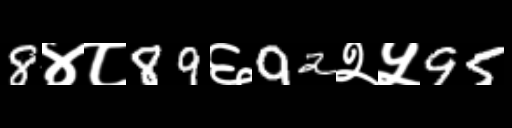
Text: 8४८89६92२५95